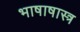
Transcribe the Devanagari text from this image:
भाषाषास्त्र